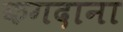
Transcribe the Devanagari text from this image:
कगदाना